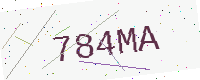
Text: 784MA